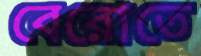
বেরোতে